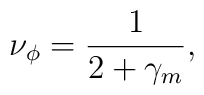
\nu_\phi=\frac{1}{2+\gamma_m},